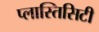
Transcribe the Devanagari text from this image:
प्लास्तिसिटी